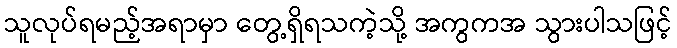
သူလုပ်ရမည့်အရာမှာ တွေ့ရှိရသကဲ့သို့ အကွကအ သွားပါသဖြင့်